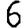
Digit: 6